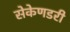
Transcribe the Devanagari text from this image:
सेकेणडरी